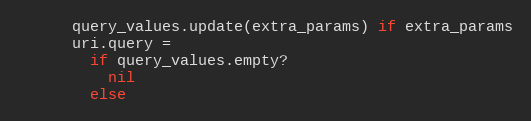
Language: Ruby
      query_values.update(extra_params) if extra_params
      uri.query =
        if query_values.empty?
          nil
        else